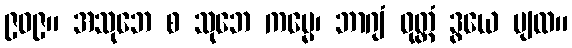
၉၀၉။ အသုဘေ စ သုဘေ ကမ္မေ၊ ဘာဂျံ ဝုတ္တံ ဒွယေ ပျထ။